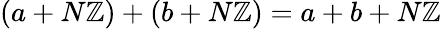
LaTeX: (a+N\mathbb{Z})+(b+N\mathbb{Z})=a+b+N\mathbb{Z}